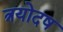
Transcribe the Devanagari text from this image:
त्रयोदष